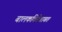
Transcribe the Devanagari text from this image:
बालकवितेबाबत